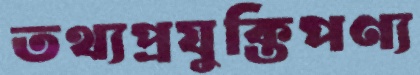
তথ্যপ্রযুক্তিপণ্য